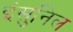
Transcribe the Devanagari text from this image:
इंसुनिल